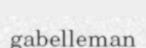
gabelleman